Emmaste_vallavalitsus, lk 24
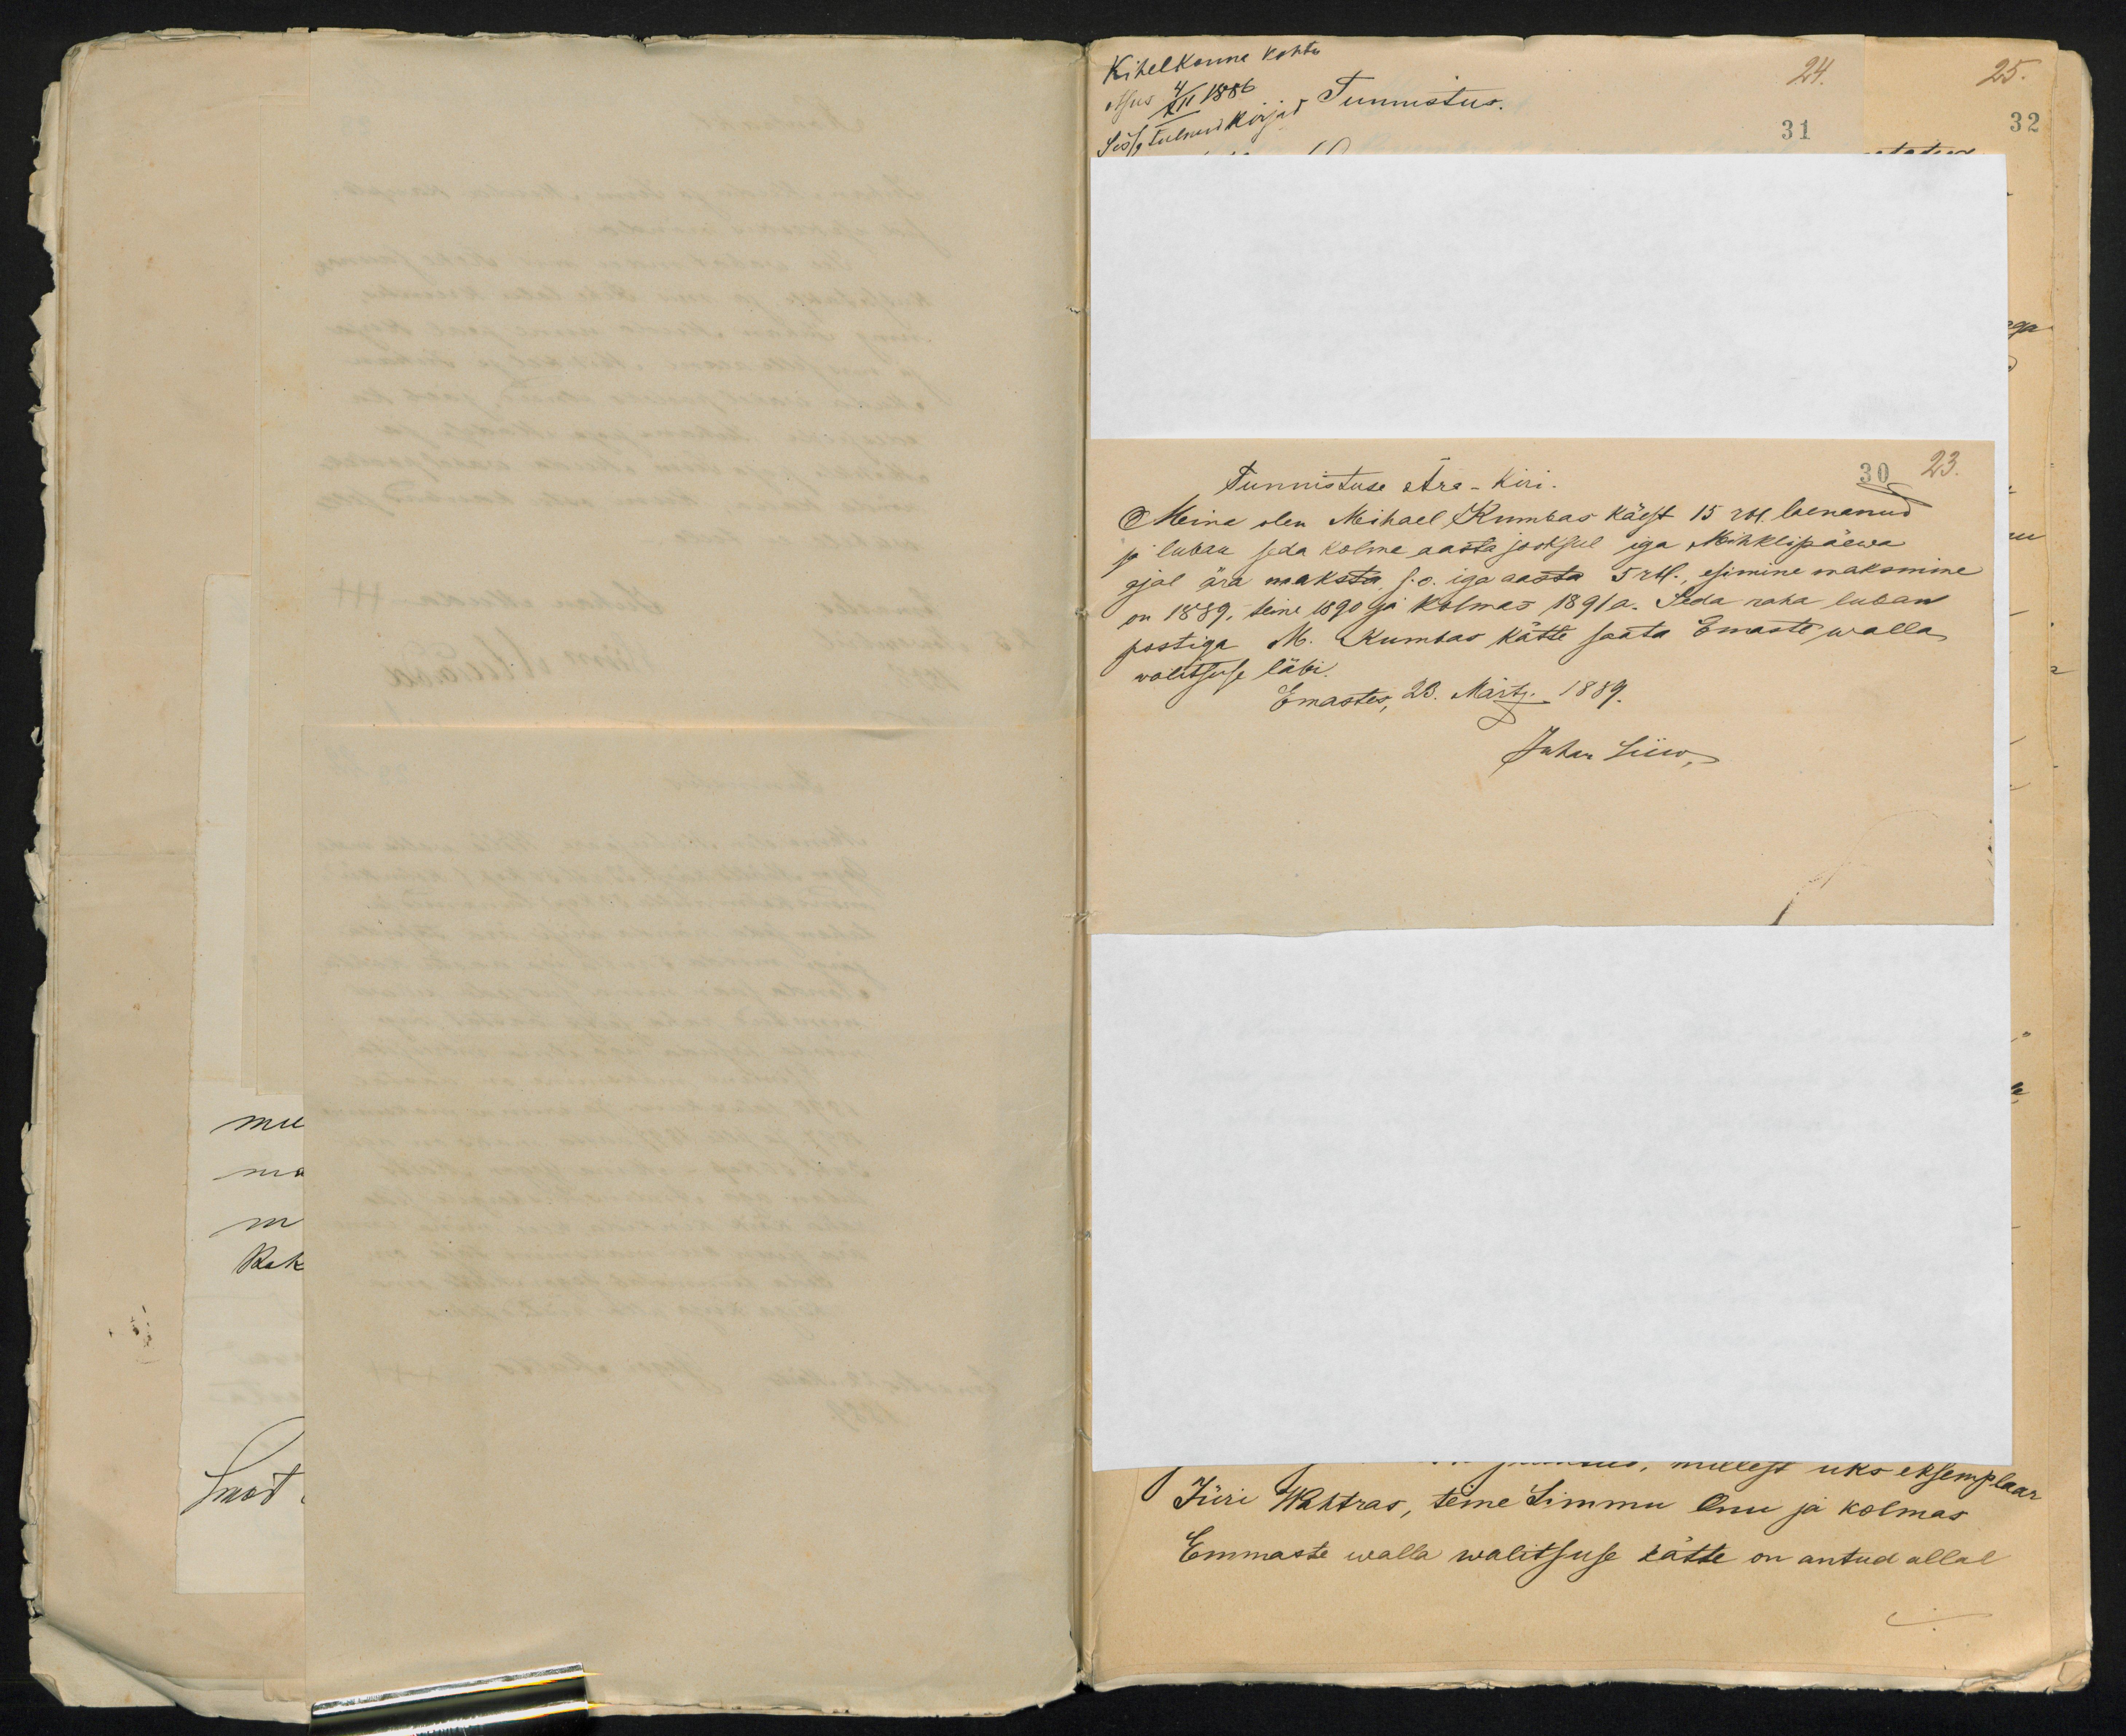
Tunnistuse Ära-Kiri
30 23.
Meina olen Michael Kumbas käest 15 rbl. laenanud
ja luban seda kolme aasta jooksul iga Mihklipäewa
ajal ära maksta, s.o. iga aasta 5 rbl., esimine maksmine
on 1889, teine 1890 ja kolmas 1891 a. Seda raha luban
postiga M. Kumbas kätte saata Emaste walla
walitsuse läbi.
Emastes 23. Märts. 1889.
Juhan Liiw,